King Institute of Preventive Medicine Micro-Biological Section reports 1912-19
Year: 1912
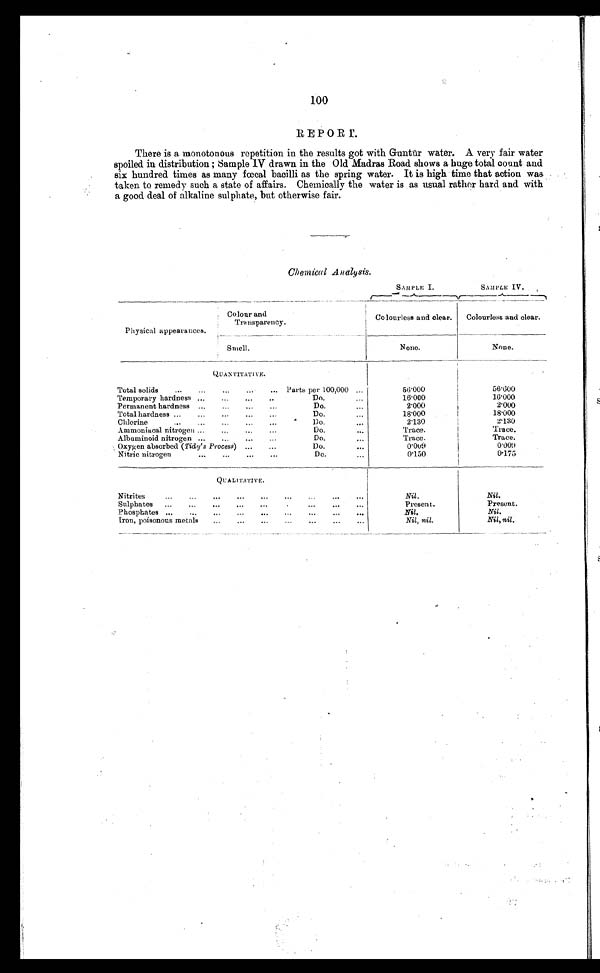
100
REPORT.
There is a monotonous repetition in the results got with Guntūr water. A very fair water
spoiled in distribution ; Sample IV drawn in the Old Madras Road shows a huge total count and
six hundred times as many fœcal bacilli as the spring water. It is high time that action was
taken to remedy such a state of affairs. Chemically the water is as usual rather hard and with
a good deal of alkaline sulphate, but otherwise fair.
Chemical Analysis.
SAMPLE I.
SAMPLE IV.
Physical appearances.
Colour and
Transparency.
Colourless and clear.
Colourless and clear.
Smell.
None.
None.
QUANTITATIVE.
Total solids
...
...
...
... Parts per 100,000 ...
56.000
56.600
Temporary hardness „.
„,
...
..
Do.. . .
16.000
16.000
Permanent hardness ...
...
...
...
Do...
2.000
2.000
Total hardness ...
...
...
...
Do.
...
18.000
18.000
Chlorine
...
...
...
...
...
Do.
. . .
2.130
2.130
Ammoniacal nitrogen ...
...
.„
...
Do.
. . .
Trace.
Trace.
Albuminoid nitrogen
Do.
Trace.
Trace.
Oxygen absorbed (Tidy's Process) ...
...
Do.
...
0 . 0 0 9
0 . 0 0 9
Nitric nitrogen
...
...
...
...
Do.
0.150
0 . 1 7 5
QUALITATIVE.
N itrites
...
...
... ...
... ...
• ..
•••
•••
Nil .
Nil .
Sulphates
...
...
...
...
...
...
...
...
Present.
Present.
Ph osphates ...
...
...
...
...
...
...
...
...
Nil.
Nil.
Iron, poisonous metals
...
...
...
...
...
...
...
Nil, nil .
Nil, nil .